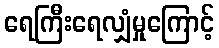
ရေကြီးရေလျှံမှုကြောင့်